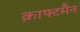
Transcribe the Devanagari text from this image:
क्राफ्टमैन